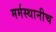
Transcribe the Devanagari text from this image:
मर्मस्थानीच